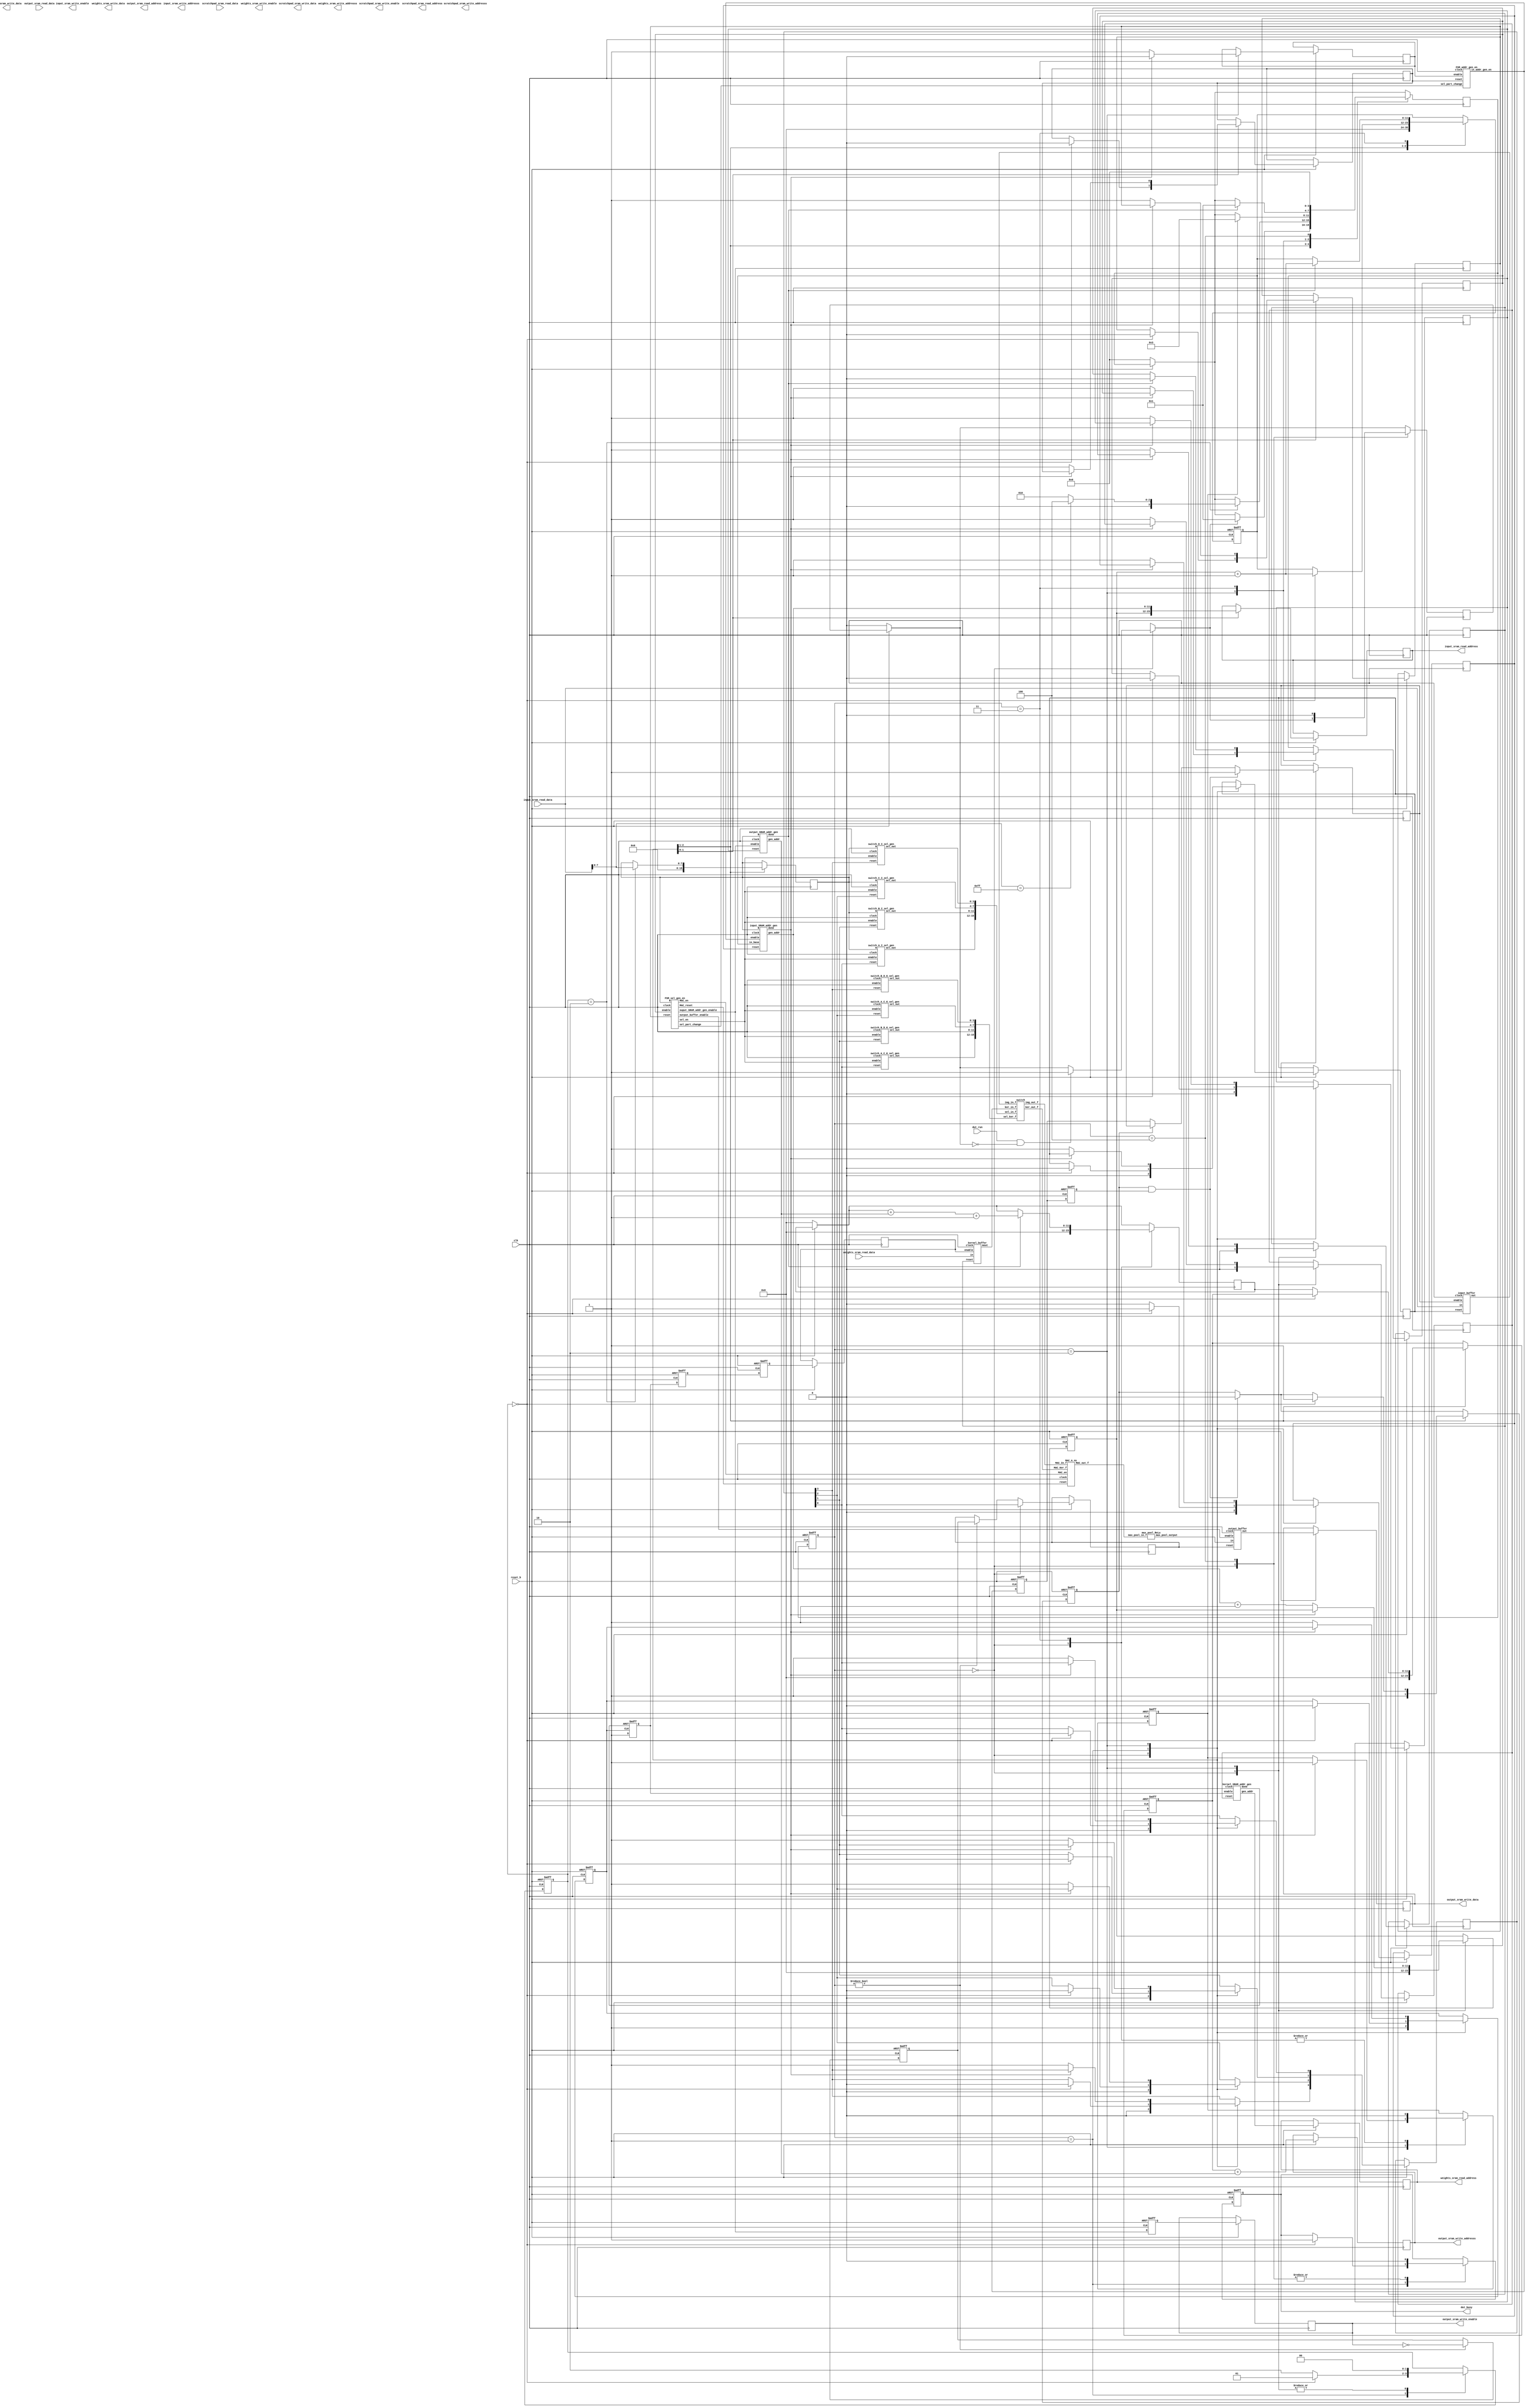
module MyDesign (
//---------------------------------------------------------------------------
//Control signals
  input   wire dut_run                    , 
  output  reg dut_busy                   ,
  input   wire reset_b                    ,  
  input   wire clk                        ,
 
//---------------------------------------------------------------------------
//Input SRAM interface
  output reg        input_sram_write_enable    ,
  output reg [11:0] input_sram_write_addresss  ,
  output reg [15:0] input_sram_write_data      ,
  output reg [11:0] input_sram_read_address    ,
  input wire [15:0] input_sram_read_data       ,

//---------------------------------------------------------------------------
//Output SRAM interface
  output reg        output_sram_write_enable    ,
  output reg [11:0] output_sram_write_addresss  ,
  output reg [15:0] output_sram_write_data      ,
  output reg [11:0] output_sram_read_address    ,
  input wire [15:0] output_sram_read_data       ,

//---------------------------------------------------------------------------
//Scratchpad SRAM interface
  output reg        scratchpad_sram_write_enable    ,
  output reg [11:0] scratchpad_sram_write_addresss  ,
  output reg [15:0] scratchpad_sram_write_data      ,
  output reg [11:0] scratchpad_sram_read_address    ,
  input wire [15:0] scratchpad_sram_read_data       ,

//---------------------------------------------------------------------------
//Weights SRAM interface                                                       
  output reg        weights_sram_write_enable    ,
  output reg [11:0] weights_sram_write_addresss  ,
  output reg [15:0] weights_sram_write_data      ,
  output reg [11:0] weights_sram_read_address    ,
  input wire [15:0] weights_sram_read_data       

);

  //Input SRAM address gen
  wire fetch_in_SRAM_addr_gen_enable;
  reg fetch_in_SRAM_addr_gen_reset;
  reg [11:0] fetch_in_SRAM_addr_gen_in_base;
  reg [7:0] N;
  
  wire [11:0] input_sram_read_address_gen_addr;
  wire fetch_in_SRAM_addr_gen_done;
  
  //Kernel SRAM address gen
  reg fetch_kernel_SRAM_addr_gen_enable;
  reg fetch_kernel_SRAM_addr_gen_reset;
  
  wire [11:0] kernel_sram_read_address_gen_addr;
  wire fetch_kernel_SRAM_addr_gen_done;
  
  //Output SRAM address gen
  wire [11:0] output_sram_write_address_gen_addr;
  wire output_sram_addr_gen_done;
  wire ouput_SRAM_addr_gen_enable;
  reg output_SRAM_addr_gen_reset;
  
  
  //Input Buffer
  reg fetch_in_buffer_enable;
  reg fetch_in_buffer_reset;
  
  wire [127:0] fetch_in_buffer_out_flattened;
  
  //Kernel Buffer
  reg fetch_kern_buffer_enable;
  reg fetch_kern_buffer_reset;
  
  wire [7:0] fetch_kern_buffer_out[9:0];
  wire [79:0] fetch_kern_buffer_out_flattened;
  
  //Output buffer
  wire output_buffer_enable;
  reg output_buffer_reset;
  
  wire [15:0]out_buffer_output;
  
  //Switch Sel Gen
  reg [3:0] switch_sel_gen_en;
  reg [3:0] switch_sel_gen_reset;

  wire [3:0] switch_sel_gen_I[3:0];
  wire [3:0] switch_sel_gen_K[3:0];

  wire [15:0] switch_sel_gen_I_f;
  wire [15:0] switch_sel_gen_K_f;

  //Switch
  wire [31:0] switch_I_out_f;
  wire [31:0] switch_K_out_f;
  
  //MAC
  wire MAC_en;
  wire MAC_reset;
  wire [79:0]MAC_out_f;
  
  //Max_pool_Relu
  wire [7:0] max_pool_output;

  //FSM
  reg fsm_in_addr_gen_en_enable;
  reg fsm_sel_gen_en_enable;
  reg fsm_in_addr_gen_en_reset;
  reg fsm_sel_gen_en_reset;
  
  wire fsm_sel_en;
  wire fsm_sel_part_change;
      
  //temp
  reg isDutRunReceived;
  reg temp_in_buf_enable;
  reg temp_in_buf_enable_1;
  
  reg temp_kern_buf_enable;
  reg temp_kern_buf_enable_1;
  reg isFirstBuf;
  
  reg tempMACdelay;
  
  reg tempOutputBufReset;
  reg tempSRAMwriteenable;
  reg tempSRAMwriteenable_1;
  
  /******************* Master FSM Start ************************************/
  
reg [11:0] prev_fetch_in_SRAM_addr_gen_in_base;
reg [3:0] current_state,next_state;
reg is_dut_run_received;
reg [1:0] is_N_read;
reg [11:0] output_addr_offset;
reg [11:0] temp_output_addr_offset;
reg perInputReset;
reg temps2changestate;


parameter
  s0 = 0,   //Reset - new DUT RUN
  s1 = 1,   //Reset - new image, load N
  s2 = 2,   //process image
  s3 = 3,   //output stored
  s4 = 4;   //N=FF

always @(posedge clk or negedge reset_b)
  begin
    if (!reset_b)
    begin
      current_state = s0;
    end
    else
    begin
      current_state = next_state;
    end
  end
 

always @(posedge clk)
  begin
    if(!reset_b)
      begin
        next_state = s0;
        temp_output_addr_offset = 0;
        is_dut_run_received = 0;
      end
    
    case(current_state)
      s0:
        begin
          N = 0;
          temp_output_addr_offset = 0;
          if(dut_run && !is_dut_run_received)
            begin
              is_dut_run_received = 1;
            end
          if(is_dut_run_received)
            next_state = s1;
        end
      s1:
        begin
          if(is_N_read == 2)
            begin
              N = input_sram_read_data[7:0];
              if(N == 8'hFF)
                begin
                  next_state = s4;
                end
              else
                begin
                  next_state = s2;
                end
            end
        end
      s2:
        begin
          if(temps2changestate)
            begin
              next_state = s3;
            end
        end
      s3:
        begin
          if(output_sram_addr_gen_done)
            begin
              next_state = s1;
              temp_output_addr_offset = temp_output_addr_offset + output_sram_write_address_gen_addr + 1;
            end
        end
      s4:
        begin
          next_state = s0;
          is_dut_run_received = 0;
        end
    endcase
  end

always @(posedge clk or negedge reset_b)
begin
  if(!reset_b)
    begin
    dut_busy = 0;
    fetch_in_SRAM_addr_gen_in_base = 0;
    prev_fetch_in_SRAM_addr_gen_in_base = 0;
    is_N_read = 0;
    output_addr_offset = 0;
    perInputReset <= 1;
    temps2changestate = 0;
    isFirstBuf <= 1;
  end
  else
    begin
      if(isFirstBuf && temp_in_buf_enable_1)
        isFirstBuf <= 0;
      if(current_state != s0)
        output_buffer_reset <= tempOutputBufReset;       
	    
      case(current_state)
      	s0:
          begin
            is_N_read = 0;
            prev_fetch_in_SRAM_addr_gen_in_base = 0;
            fetch_in_SRAM_addr_gen_in_base = 0;
            output_addr_offset = 0;
            dut_busy = 0;
            perInputReset <= 1;
            temps2changestate = 0;
            isFirstBuf <= 1;
            
            //reset input addr gen
            fetch_in_SRAM_addr_gen_reset <= 0;
            //reset kernel addr gen
            fetch_kernel_SRAM_addr_gen_reset <= 0;
            //reset output addr gen
            output_SRAM_addr_gen_reset <= 0;
            //reset input buffer
            fetch_in_buffer_reset <= 0;
            //reset kernel buffer
            fetch_kern_buffer_reset <= 0;
            //reset output buffer
            output_buffer_reset <= 0;
            //reset input select gen
            //reset kernel select gen
            switch_sel_gen_reset[0] <= 0;
            switch_sel_gen_reset[1] <= 0;
            switch_sel_gen_reset[2] <= 0;
            switch_sel_gen_reset[3] <= 0;
          end
        s1:
          begin
            if(is_N_read == 0)
              begin
                is_N_read = 1;
                input_sram_read_address = prev_fetch_in_SRAM_addr_gen_in_base;
                fetch_in_SRAM_addr_gen_in_base = input_sram_read_address + 1;
                //reset input addr gen
                fetch_in_SRAM_addr_gen_reset <= 1;
                //reset output addr gen
                output_SRAM_addr_gen_reset <= 0;
                //reset input buffer
                fetch_in_buffer_reset <= 0;

                //reset input select gen
                //reset kernel select gen
                switch_sel_gen_reset[0] <= 0;
                switch_sel_gen_reset[1] <= 0;
                switch_sel_gen_reset[2] <= 0;
                switch_sel_gen_reset[3] <= 0;
                //reset FSMs
                fsm_in_addr_gen_en_reset <= 0;
                fsm_sel_gen_en_reset <= 0;
                perInputReset <= 0;
                //assert dut_busy
                dut_busy = 1;
                isFirstBuf <= 1;
              end
            else
              begin
                is_N_read = 2;
                fetch_in_SRAM_addr_gen_reset <= 0;
                input_sram_read_address = prev_fetch_in_SRAM_addr_gen_in_base;
                output_addr_offset = temp_output_addr_offset;
              end
          end
        s2:
          begin
            input_sram_read_address = input_sram_read_address_gen_addr;
            is_N_read = 0;
            if(fetch_in_SRAM_addr_gen_done)
              begin
                temps2changestate = 1;
                fsm_in_addr_gen_en_enable = 0;       
              end
            else
              begin
                prev_fetch_in_SRAM_addr_gen_in_base = input_sram_read_address_gen_addr + 1;
                //reset input addr gen
                fetch_in_SRAM_addr_gen_reset <= 1;
                //reset kernel addr gen
                fetch_kernel_SRAM_addr_gen_reset <= 1;
                //reset output addr gen
                output_SRAM_addr_gen_reset <= 1;
                //reset input buffer
                fetch_in_buffer_reset <= 1;
                //reset kernel buffer
                fetch_kern_buffer_reset <= 1;

                //reset input select gen
                //reset kernel select gen
                switch_sel_gen_reset[0] <= 1;
                switch_sel_gen_reset[1] <= 1;
                switch_sel_gen_reset[2] <= 1;
                switch_sel_gen_reset[3] <= 1;
                perInputReset <= 1;
                //reset FSMs
                fsm_in_addr_gen_en_reset <= 1;
                fsm_sel_gen_en_reset <= 1;
                fsm_in_addr_gen_en_enable = 1;
                fsm_sel_gen_en_enable = 1;
              end
          end
        s3:
          begin
            //disable fsm_sel_gen
            temps2changestate = 0;
            if(output_sram_addr_gen_done)
              begin
                fetch_in_SRAM_addr_gen_in_base = prev_fetch_in_SRAM_addr_gen_in_base + 1;
                fsm_sel_gen_en_enable = 0;
              end 
          end
        s4:
          begin
          if(current_state == s4)
            dut_busy = 0;
          end
      endcase
    end
end
  
  /******************** Master FSM End ************************************/
      
always @(posedge perInputReset or posedge fetch_kernel_SRAM_addr_gen_done)
  begin
    if(fetch_kernel_SRAM_addr_gen_done)
      fetch_kernel_SRAM_addr_gen_enable <= 0;
    else
      fetch_kernel_SRAM_addr_gen_enable <= 1;
  end
            
always @(posedge clk or negedge reset_b)
  begin
    if(!reset_b)
      begin
        temp_in_buf_enable <= 0;
        temp_in_buf_enable_1 <= 0;
        temp_kern_buf_enable <= 0;
        temp_kern_buf_enable_1 <= 0;
        tempMACdelay <= 0;
        tempOutputBufReset <= 1;
        tempSRAMwriteenable <= 0;
      end
    else
      begin
        weights_sram_read_address <= kernel_sram_read_address_gen_addr;  
        temp_in_buf_enable <= fetch_in_SRAM_addr_gen_enable;
        temp_in_buf_enable_1 <= temp_in_buf_enable;
        
        if(isFirstBuf && temp_in_buf_enable_1)
          begin
            fetch_in_buffer_enable <= 1;
          end
        else if(isFirstBuf == 0)
          begin
            fetch_in_buffer_enable <= temp_in_buf_enable;
          end
       
        temp_kern_buf_enable <= fetch_kernel_SRAM_addr_gen_enable;
        temp_kern_buf_enable_1 <= temp_kern_buf_enable;
        fetch_kern_buffer_enable <= temp_kern_buf_enable_1;
        
        tempMACdelay <= fsm_sel_en;
        
        output_sram_write_addresss <= output_addr_offset + output_sram_write_address_gen_addr;
        output_sram_write_data <= out_buffer_output;
        tempSRAMwriteenable <= ouput_SRAM_addr_gen_enable;
        output_sram_write_enable <= tempSRAMwriteenable;
        
        if(current_state != s0)
        begin
          tempOutputBufReset <= ~(output_sram_write_enable);
        end
      end
   end
  
          
assign switch_sel_gen_I_f = {switch_sel_gen_I[0],switch_sel_gen_I[1],switch_sel_gen_I[2],switch_sel_gen_I[3]};
assign switch_sel_gen_K_f = {switch_sel_gen_K[0],switch_sel_gen_K[1],switch_sel_gen_K[2],switch_sel_gen_K[3]};        

//Input and Kernel SRAM address generators            
input_SRAM_addr_gen in_addr(fetch_in_SRAM_addr_gen_reset, clk, fetch_in_SRAM_addr_gen_enable, N, fetch_in_SRAM_addr_gen_in_base, input_sram_read_address_gen_addr, fetch_in_SRAM_addr_gen_done);
kernel_SRAM_addr_gen kern_addr(fetch_kernel_SRAM_addr_gen_reset, clk, fetch_kernel_SRAM_addr_gen_enable, kernel_sram_read_address_gen_addr, fetch_kernel_SRAM_addr_gen_done);

//Input and Kernel Buffers
input_buffer in_buf(fetch_in_buffer_reset, clk, fetch_in_buffer_enable, input_sram_read_data, fetch_in_buffer_out_flattened);
kernel_buffer kern_buf(fetch_kern_buffer_reset, clk, fetch_kern_buffer_enable, weights_sram_read_data, fetch_kern_buffer_out_flattened);

//Switch Input Select Line generators
switch_A_I_sel_gen switch_I_A_sel(switch_sel_gen_reset[0], clk, fsm_sel_en, N, switch_sel_gen_I[0]);
switch_B_I_sel_gen switch_I_B_sel(switch_sel_gen_reset[1], clk, fsm_sel_en, N, switch_sel_gen_I[1]);
switch_C_I_sel_gen switch_I_C_sel(switch_sel_gen_reset[2], clk, fsm_sel_en, N, switch_sel_gen_I[2]);
switch_D_I_sel_gen switch_I_D_sel(switch_sel_gen_reset[3], clk, fsm_sel_en, N, switch_sel_gen_I[3]);

//Switch Kernel Select Line generators
switch_A_C_K_sel_gen switch_K_A_sel(switch_sel_gen_reset[0], clk, fsm_sel_en, switch_sel_gen_K[0]);
switch_B_D_K_sel_gen switch_K_B_sel(switch_sel_gen_reset[1], clk, fsm_sel_en, switch_sel_gen_K[1]);
switch_A_C_K_sel_gen switch_K_C_sel(switch_sel_gen_reset[2], clk, fsm_sel_en, switch_sel_gen_K[2]);
switch_B_D_K_sel_gen switch_K_D_sel(switch_sel_gen_reset[3], clk, fsm_sel_en, switch_sel_gen_K[3]);

//Switch Interface
switch mSwitch(fetch_in_buffer_out_flattened,fetch_kern_buffer_out_flattened,switch_sel_gen_I_f,switch_sel_gen_K_f,switch_I_out_f,switch_K_out_f);

//MAC
MAC_A_4x MAC_A(MAC_reset, clk, MAC_en, switch_I_out_f, switch_K_out_f, MAC_out_f);

//Max Pool
max_pool_ReLu P_L(MAC_out_f,max_pool_output);

//output Buffer
output_buffer out_buf(output_buffer_reset,clk, output_buffer_enable, max_pool_output, out_buffer_output);

//output SRAM address generators 
output_SRAM_addr_gen out_addr(output_SRAM_addr_gen_reset, clk, ouput_SRAM_addr_gen_enable, N, output_sram_write_address_gen_addr, output_sram_addr_gen_done);

//FSMs
FSM_addr_gen_en fsm_in_addr_gen_en(fsm_in_addr_gen_en_reset, clk, fsm_in_addr_gen_en_enable, fsm_sel_part_change, fetch_in_SRAM_addr_gen_enable);
FSM_sel_gen_en fsm_sel_gen_en(fsm_sel_gen_en_reset, clk, fsm_sel_gen_en_enable, N, fsm_sel_part_change, fsm_sel_en, MAC_en, MAC_reset, output_buffer_enable, ouput_SRAM_addr_gen_enable);

endmodule

module input_SRAM_addr_gen(input reset,
                           input clock,
                           input enable,
                           input [7:0] N,
                           input [11:0] in_base,
                           output reg [11:0] gen_addr,
                           output reg done);

  reg [11:0] base_4_4;
  reg [7:0] head_row_4_4;
  reg [8:0] head_col_4_4;
  reg [7:0] max_row_4_4;
  reg [7:0] max_col_4_4;
  reg [2:0] el_ctr_4_4;  
  reg [1:0] row_ctr;
  reg [11:0] in_el_ctr;
  reg [11:0] addr;


always @(posedge clock or negedge reset)
  begin
    if(!reset)
      begin
        base_4_4 = in_base;
        head_row_4_4 <= 0;
        head_col_4_4 <= 0;
        addr <= in_base;
        gen_addr <= in_base;
        row_ctr <= 0;
        el_ctr_4_4 <= 0;
        in_el_ctr <= 0;
        max_row_4_4 <= ((N >> 1) - 2); 
        max_col_4_4 <= (N >> 2);
        done = 0;
      end
    else
      begin
        if(enable)
          begin
            gen_addr <= addr;
            base_4_4 = in_base + (head_row_4_4 * (N >> 1)) + (head_col_4_4 >> 1); 
            if(row_ctr == 2'b11)
              begin
                if(el_ctr_4_4 == 7)
                  begin
                    addr <= base_4_4;
                  end
                else
                  begin
                     addr <= base_4_4 + 1;
                  end     
              end
            else
              begin
                addr <= addr + (N >> 1);
              end
            row_ctr <= row_ctr + 1;
            el_ctr_4_4 <= el_ctr_4_4 + 1;
            in_el_ctr <= in_el_ctr + 1;
            if(el_ctr_4_4 == 6)
              begin
                if(head_col_4_4 < (N-4))
                  head_col_4_4 <= head_col_4_4 + 4;
                else
                  begin
                    head_col_4_4 <= 0;
                    if(head_row_4_4 < (N-4))
                        head_row_4_4 <= head_row_4_4 + 2;
                      else
                        head_row_4_4 <= 0;
                  end
              end

            if(in_el_ctr == (N * (N - 2)))
                done = 1;
              else
                done = 0;
          end
      end
  end
endmodule

module kernel_SRAM_addr_gen(input reset,
                           input clock,
                           input enable,
                           output reg [11:0] gen_addr,
                           output reg done);
  reg [11:0] addr;
  
  always @(posedge clock or negedge reset)
    begin
      if(!reset)
        begin
          addr <= 0;
          done <= 0;
        end
      else
        begin
          if(enable)
            begin
              gen_addr <= addr;
              if(addr < 4)
                begin
                	addr <= addr + 1;
                	done <= 0;
                end
              else
                begin
                	addr <= 0;
                	done <= 1;
                end
            end
        end

  end
endmodule

module input_buffer(input reset,
                    input clock,
                    input enable,
                    input [15:0] in,
                    output reg [127:0] out);

  reg [3:0] write_ptr;
  wire [3:0] next_write_ptr;
  integer i;
  reg [7:0] mout[15:0];
  always @(posedge clock or negedge reset) begin
    if(!reset)
      begin
        //clear write pointer and buffer on reset
        write_ptr <= 0;
        for(i=0;i<16;i=i+1)
          mout[i] <= 8'h00;
      end
    else
      begin
        if(enable)
          begin
            mout[write_ptr] <= in[15:8];
            mout[next_write_ptr] <= in[7:0];
            write_ptr <= write_ptr + 2;
          end
      end
  end

  assign next_write_ptr = write_ptr + 1;

  always @(*)
  begin
    if(!reset)
    begin
      out = 0;
    end
    else
    begin
      out = {mout[0],mout[1],mout[2],mout[3],
                mout[4],mout[5],mout[6],mout[7],
                mout[8],mout[9],mout[10],mout[11],
                mout[12],mout[13],mout[14],mout[15]};
    end
  end

endmodule

module kernel_buffer(input reset,
                    input clock,
                    input enable,
                    input [15:0] in,
                    output reg [79:0] mout);

  reg [3:0] write_ptr;
  wire [3:0] next_write_ptr;
  integer i;
  reg [7:0] out[9:0];
  
  always @(posedge clock or negedge reset) begin
    if(!reset)
      begin
        //clear write pointer and buffer on reset
        write_ptr <= 0;
        for(i=0;i<16;i=i+1)
          out[i] <= 8'h00;
      end
    else
      begin
        if(enable)
          begin
            out[write_ptr] <= in[15:8];
            out[next_write_ptr] <= in[7:0];
            begin
              if(write_ptr[3])
                write_ptr <= 0;
              else
                write_ptr <= write_ptr + 2;
            end
          end
      end
  end

  assign next_write_ptr = write_ptr + 1;

  always @(*)
  begin
    if(!reset)
    begin
      mout = 0;
    end
    else
    begin
      mout = {out[0],out[1],out[2],out[3],
            out[4],out[5],out[6],out[7],
            out[8],out[9]};
    end
  end

endmodule


module switch(input [127:0] img_in_f,
              input [79:0] ker_in_f,
              input [15:0] sel_in_f,
              input [15:0] sel_ker_f,
              output reg [31:0] img_out_f,
              output reg [31:0] ker_out_f);


reg [7:0] img_in [15:0];
reg [7:0] ker_in [9:0];
reg [3:0] sel_in [3:0];
reg [3:0] sel_ker [3:0];
reg [7:0] img_out [3:0];
reg [7:0] ker_out [3:0];


always @(*)
begin
  {img_in[0],img_in[1],img_in[2],img_in[3],
   img_in[4],img_in[5],img_in[6],img_in[7],
   img_in[8],img_in[9],img_in[10],img_in[11],
   img_in[12],img_in[13],img_in[14],img_in[15]} = img_in_f;

  {ker_in[0],ker_in[1],ker_in[2],ker_in[3],
   ker_in[4],ker_in[5],ker_in[6],ker_in[7],
   ker_in[8],ker_in[9]} = ker_in_f;

  {sel_in[0],sel_in[1],sel_in[2], sel_in[3]} = sel_in_f;

  {sel_ker[0],sel_ker[1],sel_ker[2], sel_ker[3]} = sel_ker_f;
  
  img_out[0] = img_in[sel_in[0]];
  img_out[1] = img_in[sel_in[1]];
  img_out[2] = img_in[sel_in[2]];
  img_out[3] = img_in[sel_in[3]];


  ker_out[0] = ker_in[sel_ker[0]];
  ker_out[1] = ker_in[sel_ker[1]];
  ker_out[2] = ker_in[sel_ker[2]];
  ker_out[3] = ker_in[sel_ker[3]];
  
  img_out_f = {img_out[0],img_out[1],img_out[2], img_out[3]};

  ker_out_f = {ker_out[0],ker_out[1],ker_out[2], ker_out[3]};

end

endmodule

module switch_A_I_sel_gen(input reset,
                          input clock,
                          input enable,
                          input [7:0] N,
                          output reg [3:0] sel_out);
reg isOdd;
reg [3:0] sel; 
reg [7:0] odd_count; 
always @(posedge clock or negedge reset)
begin
  if(!reset)
    begin
      isOdd = 1;
      sel <= 0;
      odd_count = 0;
    end
  else
    begin
      if(enable)
        begin
          sel_out <= sel;
          if(isOdd)
            begin
              case(sel)
                4'd0: sel <= 4'd1;
                4'd1: sel <= 4'd2;
                4'd2: sel <= 4'd3;
                4'd3: sel <= 4'd4;
                4'd4: sel <= 4'd5;
                4'd5: sel <= 4'd8;
                4'd8: sel <= 4'd10;
                4'd10: sel <= 4'd12;
                4'd12:
                  begin
                    
                    odd_count = odd_count + 1;
                    if(odd_count == ((N>>1)-1))
                      begin
                        $display(((N>>1)-1));
                        sel <= 4'd0;
                        isOdd = 1;
                        odd_count = 0;
                      end
                    else
                      begin
                        sel <= 4'd8;
                        isOdd = 0;
                      end  
                  end
                default: sel <= 4'd0;
              endcase
            end
          else
            begin
              case(sel)
                4'd8: sel <= 4'd9;
                4'd9: sel <= 4'd10;
                4'd10: sel <= 4'd11;
                4'd11: sel <= 4'd12;
                4'd12: sel <= 4'd13;
                4'd13: sel <= 4'd0;
                4'd0: sel <= 4'd2;
                4'd2: sel <= 4'd4;
                4'd4:
                  begin
                    sel <= 4'd0;
                    isOdd = 1;
                    odd_count = odd_count + 1;
                  end
                default: sel <= 4'd0;
              endcase          
            end
        end
    end
end

endmodule

module switch_B_I_sel_gen(input reset,
                          input clock,
                          input enable,
                          input [7:0] N,
                          output reg [3:0] sel_out);
reg isOdd;
reg [3:0] sel; 
reg [7:0] odd_count; 
always @(posedge clock or negedge reset)
begin
  if(!reset)
    begin
      isOdd = 1;
      sel <= 1;
      odd_count = 0;
    end
  else
    begin
      if(enable)
        begin
          sel_out <= sel;
          if(isOdd)
            begin
              case(sel)
                4'd1: sel <= 4'd3;
                4'd3: sel <= 4'd5;
                4'd5: sel <= 4'd8;
                4'd8: sel <= 4'd9;
                4'd9: sel <= 4'd10;
                4'd10: sel <= 4'd11;
                4'd11: sel <= 4'd12;
                4'd12: sel <= 4'd13;
                4'd13:
                  begin
                    
                    odd_count = odd_count + 1;
                    if(odd_count == ((N>>1)-1))
                      begin
                        $display(((N>>1)-1));
                        sel <= 4'd1;
                        isOdd = 1;
                        odd_count = 0;
                      end
                    else
                      begin
                        sel <= 4'd9;
                        isOdd = 0;
                      end  
                  end
                default: sel <= 4'd1;
              endcase
            end
          else
            begin
              case(sel)
                4'd9: sel <= 4'd11;
                4'd11: sel <= 4'd13;
                4'd13: sel <= 4'd0;
                4'd0: sel <= 4'd1;
                4'd1: sel <= 4'd2;
                4'd2: sel <= 4'd3;
                4'd3: sel <= 4'd4;
                4'd4: sel <= 4'd5;
                4'd5:
                  begin
                    sel <= 4'd1;
                    isOdd = 1;
                    odd_count = odd_count + 1;
                  end
                default: sel <= 4'd1;
              endcase          
            end
        end
    end
end

endmodule

module switch_C_I_sel_gen(input reset,
                          input clock,
                          input enable,
                          input [7:0] N,
                          output reg [3:0] sel_out);
reg isOdd;
reg [3:0] sel; 
reg [7:0] odd_count; 
always @(posedge clock or negedge reset)
begin
  if(!reset)
    begin
      isOdd = 1;
      sel <= 4'd2;
      odd_count = 0;
    end
  else
    begin
      if(enable)
        begin
          sel_out <= sel;
          if(isOdd)
            begin
              case(sel)
                4'd2: sel <= 4'd3;
                4'd3: sel <= 4'd4;
                4'd4: sel <= 4'd5;
                4'd5: sel <= 4'd6;
                4'd6: sel <= 4'd7;
                4'd7: sel <= 4'd10;
                4'd10: sel <= 4'd12;
                4'd12: sel <= 4'd14;
                4'd14:
                  begin
                    
                    odd_count = odd_count + 1;
                    if(odd_count == ((N>>1)-1))
                      begin
                        $display(((N>>1)-1));
                        sel <= 4'd2;
                        isOdd = 1;
                        odd_count = 0;
                      end
                    else
                      begin
                        sel <= 4'd10;
                        isOdd = 0;
                      end  
                  end
                default: sel <= 4'd2;
              endcase
            end
          else
            begin
              case(sel)
                4'd10: sel <= 4'd11;
                4'd11: sel <= 4'd12;
                4'd12: sel <= 4'd13;
                4'd13: sel <= 4'd14;
                4'd14: sel <= 4'd15;
                4'd15: sel <= 4'd2;
                4'd2: sel <= 4'd4;
                4'd4: sel <= 4'd6;
                4'd6:
                  begin
                    sel <= 4'd2;
                    isOdd = 1;
                    odd_count = odd_count + 1;
                  end
                default: sel <= 4'd2;
              endcase          
            end
        end
    end
end

endmodule

module switch_D_I_sel_gen(input reset,
                          input clock,
                          input enable,
                          input [7:0] N,
                          output reg [3:0] sel_out);
reg isOdd;
reg [3:0] sel; 
reg [7:0] odd_count; 
always @(posedge clock or negedge reset)
begin
  if(!reset)
    begin
      isOdd = 1;
      sel <= 4'd3;
      odd_count = 0;
    end
  else
    begin
      if(enable)
        begin
          sel_out <= sel;
          if(isOdd)
            begin
              case(sel)
                4'd3: sel <= 4'd5;
                4'd5: sel <= 4'd7;
                4'd7: sel <= 4'd10;
                4'd10: sel <= 4'd11;
                4'd11: sel <= 4'd12;
                4'd12: sel <= 4'd13;
                4'd13: sel <= 4'd14;
                4'd14: sel <= 4'd15;
                4'd15:
                  begin
                    
                    odd_count = odd_count + 1;
                    if(odd_count == ((N>>1)-1))
                      begin
                        $display(((N>>1)-1));
                        sel <= 4'd3;
                        isOdd = 1;
                        odd_count = 0;
                      end
                    else
                      begin
                        sel <= 4'd11;
                        isOdd = 0;
                      end  
                  end
                default: sel <= 4'd3;
              endcase
            end
          else
            begin
              case(sel)
                4'd11: sel <= 4'd13;
                4'd13: sel <= 4'd15;
                4'd15: sel <= 4'd2;
                4'd2: sel <= 4'd3;
                4'd3: sel <= 4'd4;
                4'd4: sel <= 4'd5;
                4'd5: sel <= 4'd6;
                4'd6: sel <= 4'd7;
                4'd7:
                  begin
                    sel <= 4'd3;
                    isOdd = 1;
                    odd_count = odd_count + 1;
                  end
                default: sel <= 4'd3;
              endcase          
            end
        end
    end
end

endmodule


module switch_A_C_K_sel_gen(input reset,
                            input clock,
                            input enable,
                            output reg [3:0] sel_out);
  reg [3:0] sel;
always @(posedge clock or negedge reset)
  begin
    if(!reset)
      begin
        sel <= 0;
      end
    else
      begin
        if(enable)
          begin
            sel_out <= sel;
            case(sel)
              4'd0: sel <= 4'd1;
              4'd1: sel <= 4'd3;
              4'd3: sel <= 4'd4;
              4'd4: sel <= 4'd6;
              4'd6: sel <= 4'd7;
              4'd7: sel <= 4'd2;
              4'd2: sel <= 4'd5;
              4'd5: sel <= 4'd8;
              4'd8: sel <= 4'd0;
              default: sel <= 0;
            endcase
          end
      end
  end

endmodule

module switch_B_D_K_sel_gen(input reset,
                            input clock,
                            input enable,
                            output reg [3:0] sel_out);
  reg [3:0] sel;
always @(posedge clock or negedge reset)
  begin
    if(!reset)
      begin
        sel <= 0;
      end
    else
      begin
        if(enable)
          begin
            sel_out <= sel;
            case(sel)
              4'd0: sel <= 4'd3;
              4'd3: sel <= 4'd6;
              4'd6: sel <= 4'd1;
              4'd1: sel <= 4'd2;
              4'd2: sel <= 4'd4;
              4'd4: sel <= 4'd5;
              4'd5: sel <= 4'd7;
              4'd7: sel <= 4'd8;
              4'd8: sel <= 4'd0;
              default: sel <= 0;
            endcase
          end
      end
  end

endmodule

module FSM_sel_gen_en(input reset,
                      input clock,
                      input enable,
                      input [7:0] N,
                      output reg sel_part_change,
                      output reg sel_en,
                      output reg MAC_en,
                      output reg MAC_reset, 
                      output reg output_buffer_enable,
                      output reg ouput_SRAM_addr_gen_enable);

reg [1:0] current_state, next_state;
reg [3:0] mcounter;
reg isFirst;
reg isFirst_s1;
reg [5:0] num_rows;
reg [5:0] num_cols;
reg isNewRow;
reg [1:0] isEven;
reg isLastElement;


parameter
  s0 = 0,
  s1 = 1,
  s2 = 2,
  s3 = 3;

always @(posedge clock or negedge reset)
  begin
  if (!reset)
    begin
      current_state = s0;
    end
  else
    begin
      if(enable)
        begin
          current_state = next_state;
        end
    end
  end

always @(negedge reset or posedge clock)
  begin
    if (!reset)
      begin
        next_state = s0;
        mcounter = 0;
        isFirst_s1 = 1;
        isNewRow = 0;
      end
    else if(enable)
      begin
        mcounter = mcounter + 1;
        case(current_state)
          s0:
            begin
              if(!isNewRow)
                begin
                  if(mcounter == 5)
                    begin
                      next_state = s1;
                      mcounter = 0;
                    end
                end
              else
                begin
                  if(mcounter == 1)
                    begin
                      isNewRow = 0;
                      next_state = s1;
                      mcounter = 0;
                    end
                end  
            end
          s1:
            begin
              if(isFirst_s1)
                begin
                  if(mcounter == 4)
                    begin
                      isFirst_s1 = 0;
                      next_state = s2;
                      mcounter = 0;
                    end
                end
              else
                begin
                  if(mcounter == 3)
                    begin
                      next_state = s2;
                      mcounter = 0;
                    end          
                end
            end
          s2:
            begin
              if(mcounter == 6)
                begin
                  next_state = s3;
                  mcounter = 0;
                end            
            end
          s3:
            begin
              if(mcounter == 3)
                begin
                  next_state = s1;
                  mcounter = 0;
                end      
            end
        endcase
      end
  end

always @(posedge clock /*current_state or enable or mcounter or reset*/)
  begin
    if (!reset)
      begin
        num_rows = 0;
        num_cols = 0;
        isEven = 0;
        sel_part_change = 0;
        sel_en = 0;
        isFirst = 1;
        isLastElement = 0;
        MAC_reset = 0;
      end
    else if(enable)
      begin
        case(current_state)
          s0:
            begin
              sel_en = 0;
              if(!isNewRow)
                begin
                  if(mcounter == 4)
                    begin
                      if(isFirst)
                        begin
                          sel_part_change = ~sel_part_change;
                        end
                    end
                end
            end
          s1:
            begin 
              sel_en = 1;
              if(mcounter == 1)
                begin 
                  num_cols = num_cols + 1;
                  isEven = isEven + 1;
                end
              if(isFirst)
                begin
                  if(mcounter == 2)
                    begin
                      MAC_en = 1;
                    end
                end
              else
                begin
                  MAC_en = 1;
                end
              MAC_reset = 1;
              ouput_SRAM_addr_gen_enable = 0;
              if(isFirst)
                begin
                  isFirst = 0;
                end
            end
        s2:
          begin
            sel_en = 1;
            if(mcounter == 1)
              sel_part_change = ~sel_part_change;
            if(mcounter == 3)
              begin
                if(num_cols == ((N >> 1) - 1))
                  begin
                    num_cols = 0;
                    num_rows = num_rows + 1;
                    if(num_rows == ((N >> 1) - 1))
                      begin
                        isLastElement = 1;
                      end
                    sel_part_change = ~sel_part_change;
                  end
              end            
          end
        s3:
          begin 
            sel_en = 0;
            MAC_en = 0;

            if(mcounter == 1)
              begin
                output_buffer_enable = 1;
                if(isEven == 2 || isLastElement)
                  begin
                    isEven = 0;
                    ouput_SRAM_addr_gen_enable = 1;
                  end
                else
                  begin
                    ouput_SRAM_addr_gen_enable = 0;
                  end
              end
            else
              begin
                output_buffer_enable = 0;
                ouput_SRAM_addr_gen_enable = 0;
              end

            if(mcounter == 2)
              begin
                MAC_reset = 0;
                isLastElement = 0;
              end
          end
      endcase
    end
  else
    begin
      sel_part_change = 0;
      sel_en = 0;
      MAC_en = 0;
      MAC_reset = 0;
      output_buffer_enable=0;
      ouput_SRAM_addr_gen_enable=0;
    end
end

endmodule

module FSM_addr_gen_en(input reset,
                        input clock,
                        input enable,
  						          input sel_part_change,
                        output reg in_addr_gen_en);


reg current_state, next_state;
reg prev_sel_part_change;
reg [2:0] mcounter;

parameter 
  s0 = 0,
  s1 = 1;

always @(posedge clock or negedge reset)
  begin
   if (!reset)
    begin
      current_state = s0;
    end
   else
    begin
      if(enable)
        begin
          current_state = next_state;
        end
    end
  end

always @(posedge clock or negedge reset)
  begin
    if(!reset)
    begin
      next_state = s0;
      prev_sel_part_change = 0;
      mcounter = 0;
    end
    else if(enable)
    begin
      mcounter = mcounter + 1;
      case(current_state)
        s0: 
         	begin
            if(mcounter == 4)
           	begin
             		mcounter = 0;
             		next_state = s1;
           	end
            end
        s1:
          begin
            if(prev_sel_part_change != sel_part_change)
              begin
                prev_sel_part_change = sel_part_change;
                next_state = s0;
                mcounter = 0;
              end
          end
      endcase
    end
  end

always @(current_state or enable or reset)
begin
  if(enable)
    begin
      if(current_state == s0)
        in_addr_gen_en = 1;
      else
        in_addr_gen_en = 0;
    end
  else
    begin
      in_addr_gen_en = 0;
    end
end

endmodule

module MAC_A_1(input reset,
               input clock,
               input MAC_en,
               input signed [7:0] MAC_In,
               input signed [7:0] MAC_Ker,
               output reg signed [19:0] MAC_out);

always @(posedge clock or negedge reset)
  begin
    if(!reset)
      begin
        MAC_out <= 20'b0;
      end
    else
      begin
        if(MAC_en)
          begin
            MAC_out <= MAC_out +  (MAC_In*MAC_Ker);
          end
      end
  end

endmodule


module MAC_A_4x(input reset,
               input clock,
               input MAC_en,
               input [31:0] MAC_In_f,
               input [31:0] MAC_Ker_f,
               output reg [79:0] MAC_out_f);

  reg signed [7:0] MAC_In [3:0];
  reg signed [7:0] MAC_Ker [3:0];
  wire [19:0] MAC_out [3:0];

  always@(*)
  begin
    {MAC_In[0],MAC_In[1],MAC_In[2],MAC_In[3]}  =  MAC_In_f;
    {MAC_Ker[0],MAC_Ker[1],MAC_Ker[2],MAC_Ker[3]}  =  MAC_Ker_f;
  end 

  always@(*)
  begin
    MAC_out_f = {MAC_out[0],MAC_out[1],MAC_out[2],MAC_out[3]};
  end
  
  MAC_A_1 outA(reset,clock,MAC_en,MAC_In[0],MAC_Ker[0],MAC_out[0]);
  MAC_A_1 outB(reset,clock,MAC_en,MAC_In[1],MAC_Ker[1],MAC_out[1]);
  MAC_A_1 outC(reset,clock,MAC_en,MAC_In[2],MAC_Ker[2],MAC_out[2]);
  MAC_A_1 outD(reset,clock,MAC_en,MAC_In[3],MAC_Ker[3],MAC_out[3]);

endmodule


module max_pool_ReLu(input [79:0] max_pool_in_f,
                     output reg [7:0] max_pool_output);

reg signed [19:0] max_pool_in [3:0];
reg signed [19:0] max_A_B;
reg signed [19:0] max_C_D;
reg signed [19:0] MAC_max_output;
reg is_MAC_max;
  
always@(*)
begin
  {max_pool_in[0],max_pool_in[1], max_pool_in[2],max_pool_in[3]} = max_pool_in_f;
end  
always @(*)
begin
  
  if(max_pool_in[0] > max_pool_in[1])
    max_A_B <= max_pool_in[0];
  else
    max_A_B <= max_pool_in[1];

  if(max_pool_in[2] > max_pool_in[3])
    max_C_D <= max_pool_in[2];
  else
    max_C_D <= max_pool_in[3];

  if(max_A_B > max_C_D)
    MAC_max_output <= max_A_B;
  else
    MAC_max_output <= max_C_D;

  if(MAC_max_output >= 20'sd127)
    is_MAC_max = 1;
  else
    is_MAC_max = 0;

  if(is_MAC_max)
    max_pool_output <= 127;
  else
    if(MAC_max_output[19])
      max_pool_output <= 0;
    else
      max_pool_output <= {1'b0,MAC_max_output[6:0]};
end
endmodule


module output_buffer(input reset,
                    input clock,
                    input enable,
                    input [7:0] in,
                    output reg [15:0] out);

  reg write_ptr;
  reg [7:0] mbuf[1:0];

  always @(posedge clock or negedge reset) begin
    if(!reset)
      begin
        //clear write pointer and buffer on reset
        write_ptr <= 0;
        mbuf[0] <= 8'h00;
        mbuf[1] <= 8'h00;
      end
    else
      begin
        if(enable)
          begin
            mbuf[write_ptr] <= in;
            write_ptr <= write_ptr + 1;
          end
      end
  end

  always @(*)
    begin
      out <= {mbuf[0],mbuf[1]};
    end
endmodule

module output_SRAM_addr_gen(input reset,
                           input clock,
                           input enable,
                            input [7:0] N,
                           output reg [11:0] gen_addr,
                           output reg done);
  reg [11:0] addr;
  reg [11:0] addr_count;
  always @(posedge clock or negedge reset)
    begin
      if(!reset)
        begin
          addr <= 0;
          done <= 0;
          addr_count <= 0;
        end
      else
        begin
          if(enable) 
            begin
              gen_addr <= addr;
              addr <= addr + 1;
              if(addr_count == ((((((N >> 1) - 1) * ((N >> 1) - 1)) + 1) >> 1) - 1))
                begin
                	addr_count <= 0;
                	done <= 1;
                end
              else
                begin
                  	addr_count <= addr_count + 1;
                	done <= 0;
                end
            end
        end

  end
endmodule